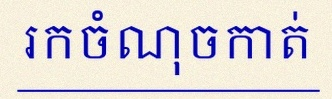
រកចំណុចកាត់